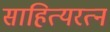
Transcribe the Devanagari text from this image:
साहित्यरत्‍न